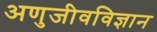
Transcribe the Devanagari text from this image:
अणुजीवविज्ञान